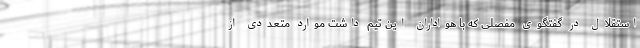
استقلال در گفتگوی مفصلی که با هواداران این تیم داشت موارد متعددی از